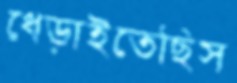
ধেড়াইতেছিস